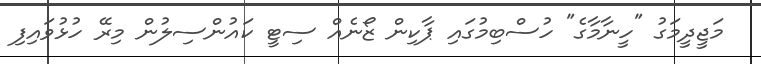
މަޖީދީމަގު "ހީނާމާގެ" ހުސްބިމުގައި ޕާކިން ޒޯނެއް ސިޓީ ކައުންސިލުން މިރޭ ހުޅުވައިފި